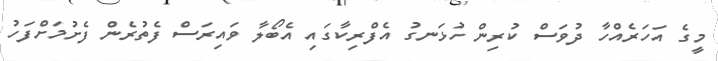
މީގެ އަހަރެއްހާ ދުވަސް ކުރިން ހުޅަނގު އެފްރިކާގައި އެބޯލާ ވައިރަސް ފެތުރެން ފެށުމަށްފަހު